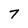
Character: 7